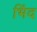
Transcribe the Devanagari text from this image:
भिंद